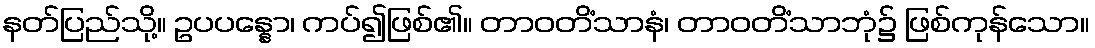
နတ်ပြည်သို့။ ဥပပန္နော၊ ကပ်၍ဖြစ်၏။ တာဝတိံသာနံ၊ တာဝတိံသာဘုံ၌ ဖြစ်ကုန်သော။